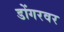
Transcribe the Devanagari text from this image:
डोंगरवर